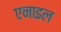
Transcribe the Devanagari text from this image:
एनाइल